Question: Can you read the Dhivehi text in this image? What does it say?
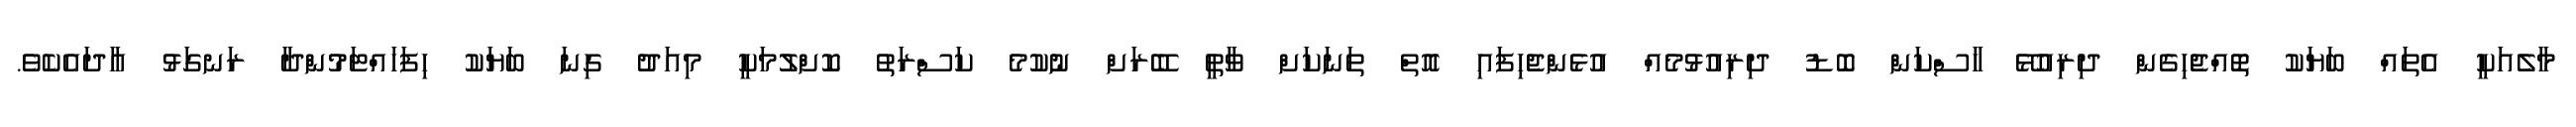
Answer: މާލެއަކީ އެތައް ބަޔަކު ތޮއްޖެހިގެން ދިރިއުޅޭ ހާސްކަން ބޮޑު ދިރިއުޅުމެއް އުޅެންޖެހިފައި އޮތް ތަނަކަށް ވާތީ ބޭރަށް ނުކުމެ ކަސްރަތު ކޮށްލުމަކީ މިއަދު ގިނަ ބަޔަކު ހިފަހައްޓަމުންދާ ރަނގަޅު އާދައެކެވެ.